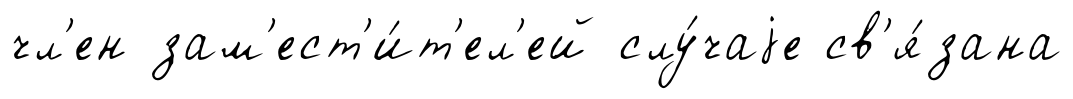
чл'ен зам'ест'и́т'ел'ей слу́чаjе св'я́зана